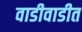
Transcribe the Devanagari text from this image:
वाडीवाडीत